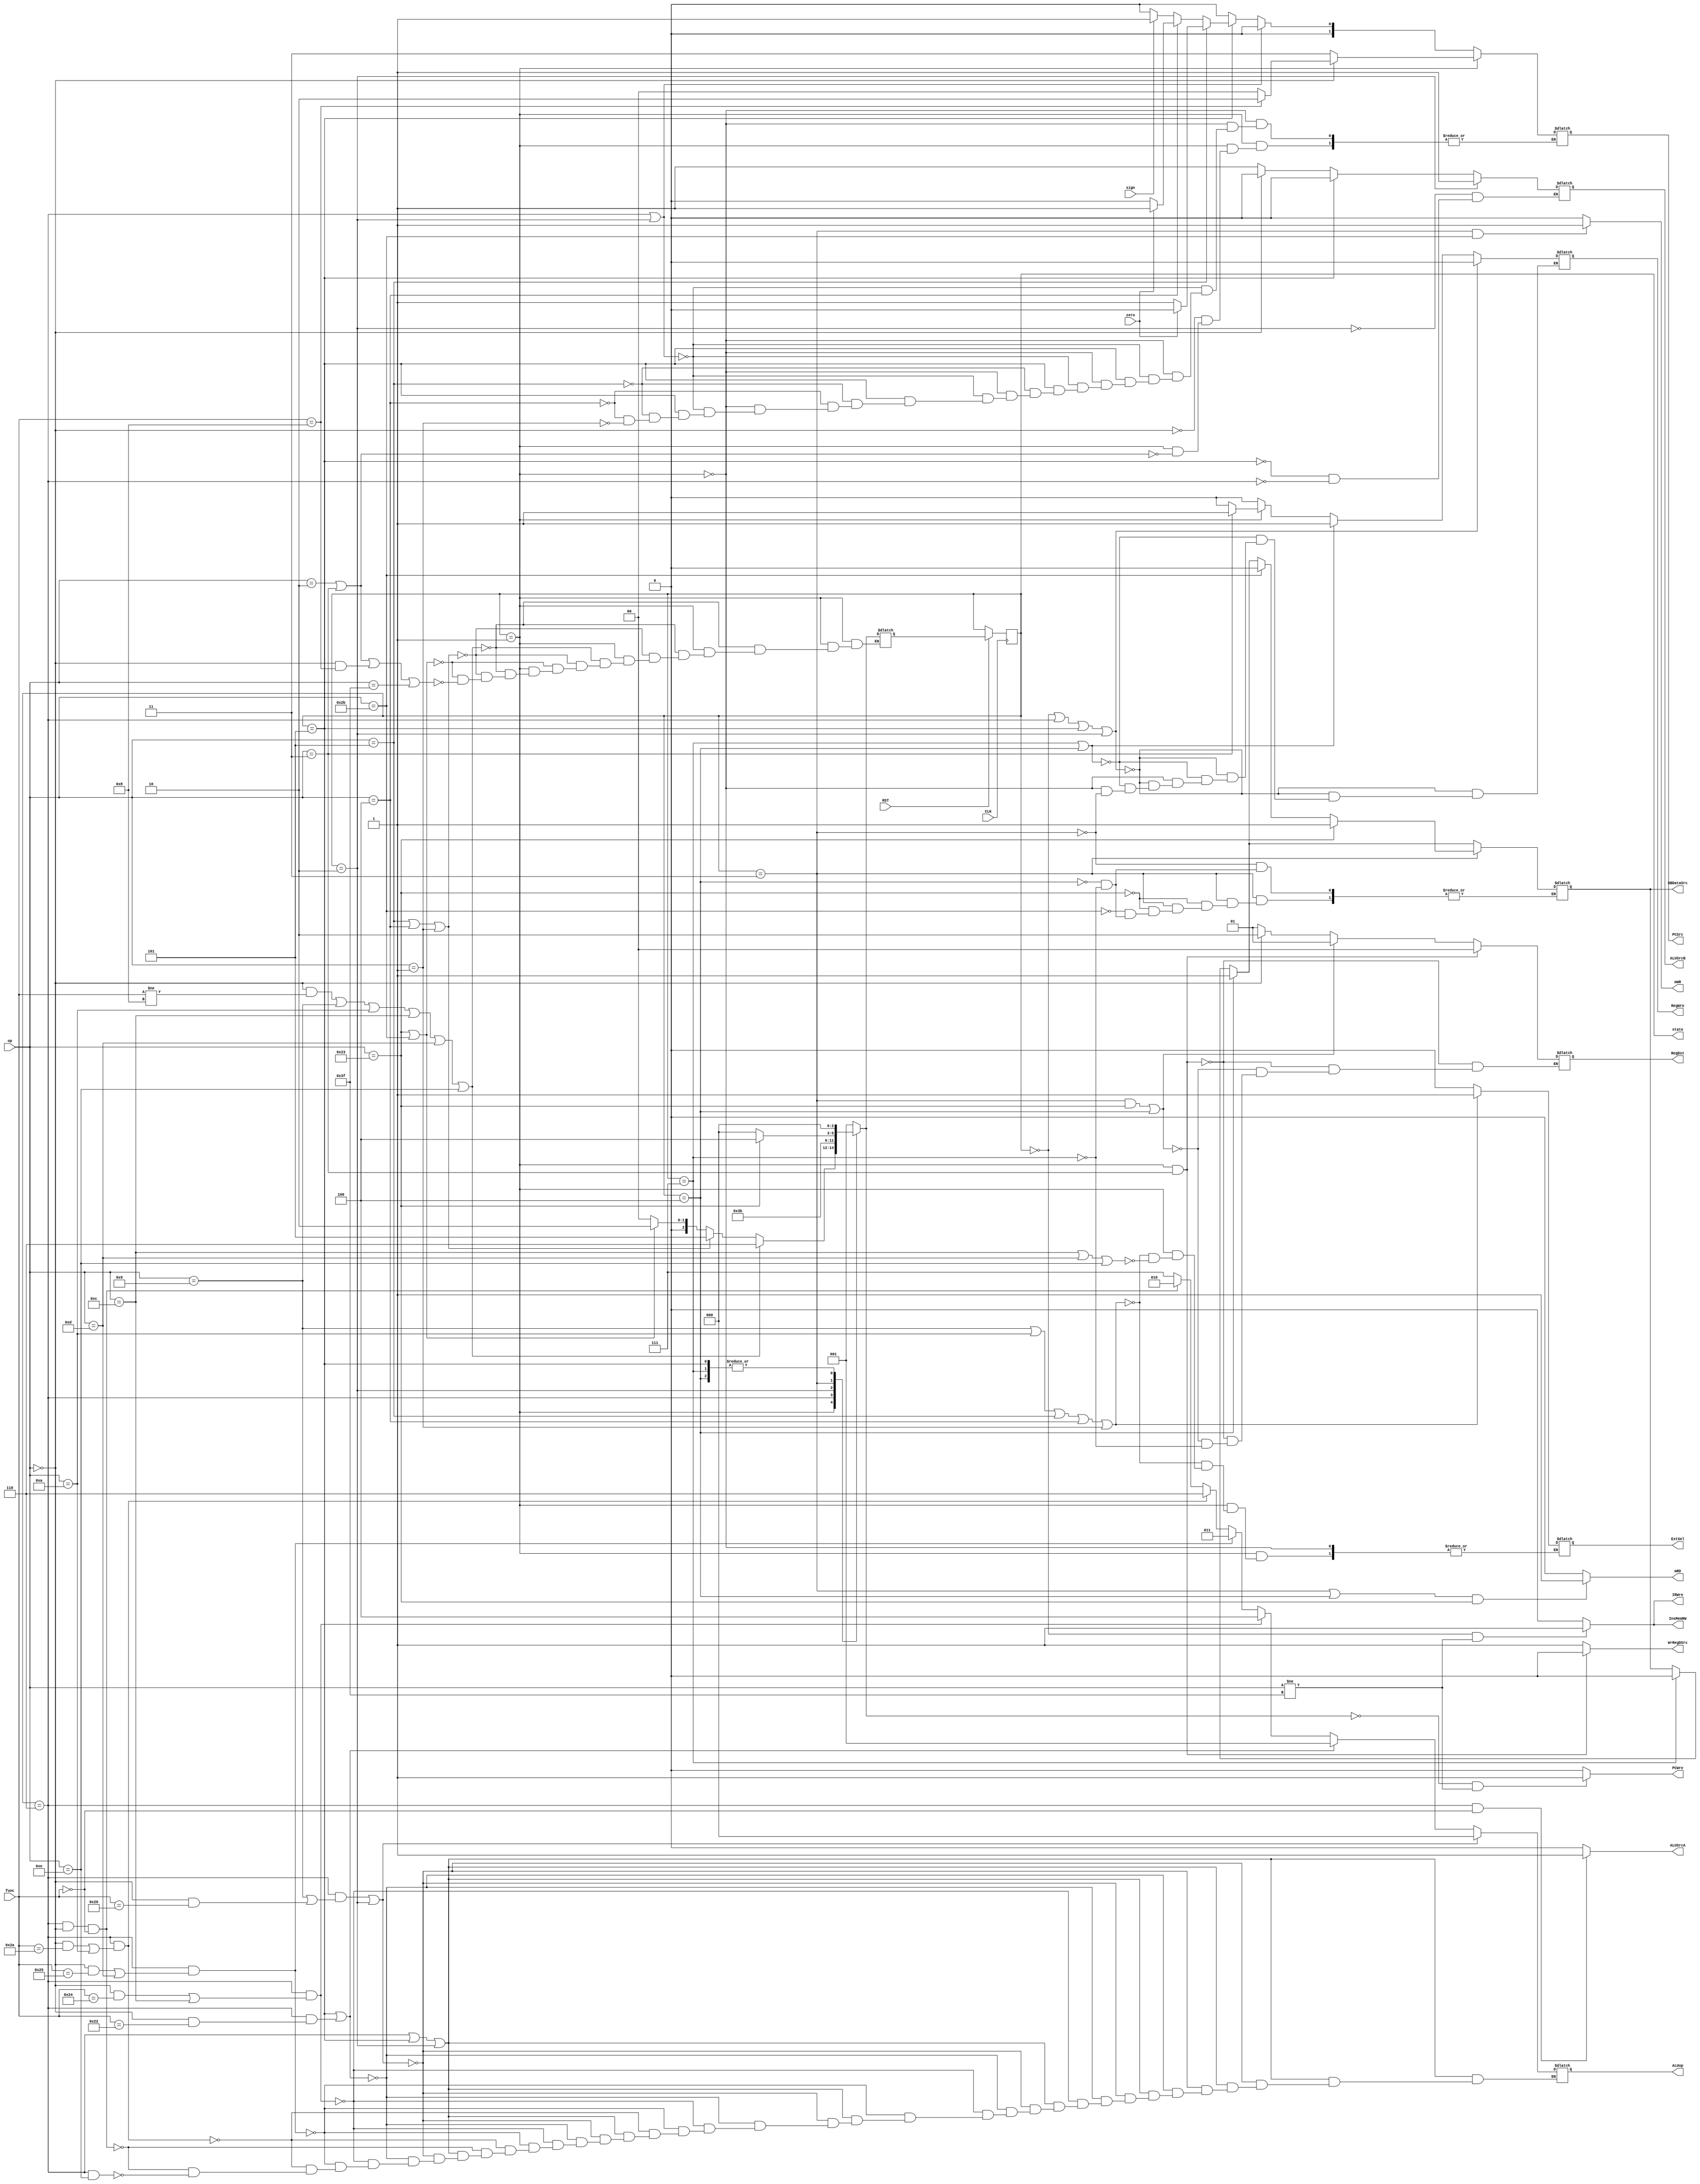
`timescale 1ns / 1ps
//////////////////////////////////////////////////////////////////////////////////
// Company: 
// Engineer: 
// 
// Design Name: 
// Module Name: ControlUnit
// Project Name: 
// Target Devices: 
// Tool Versions: 
// Description: 
// 
// Dependencies: 
// 
// Revision:
// Revision 0.01 - File Created
// Additional Comments:
// 
//////////////////////////////////////////////////////////////////////////////////


module ControlUnit(
       input CLK,
       input RST,
       input zero,
       input sign,
       input [5:0] op,
       input [5:0] func,
       output reg IRWre,  
       output reg PCWre,   
       output reg ExtSel, 
       output reg InsMemRW,    
       output reg WrRegDSrc,  
       output reg [1:0] RegDst,
       output reg RegWre,   
       output reg ALUSrcA,  
       output reg ALUSrcB,   
       output reg [1:0] PCSrc,  
       output reg [2:0] ALUop,  
       output reg mRD, 
       output reg mWR,  
       output reg DBDataSrc,
       output reg [2:0] state
    );
    
    reg [2:0] nextstate;
    initial begin
           PCWre = 0;  
           InsMemRW = 0;  
           IRWre = 0;  
           RegWre = 0;   
           ExtSel = 0;  
           PCSrc = 2'b00;  
           RegDst = 2'b11;
           ExtSel = 0;
           WrRegDSrc = 0;
           ALUSrcA = 0;
           ALUSrcB = 0;
           DBDataSrc = 0;
           mRD = 0;
           mWR = 0;
           ALUop = 3'bzzz;
       end
    initial begin
        state = 3'bzzz;
        nextstate = 3'b000;
    end
    
    always@(posedge CLK) begin
        if(RST) begin
            state <= nextstate;
        end
    end
    
    always@(state or op or zero or sign or func) begin
        case(state)
            3'b000:
                nextstate = 3'b001;
            3'b001:
                if((op == 6'b000000 && func != 6'b001000) || op == 6'b001001 || op == 6'b001010 || op == 6'b001100 || op == 6'b001101 || op == 6'b001110) begin
                    nextstate = 3'b110;
                end
                else if(op == 6'b000101 || op == 6'b000100 || op == 6'b000001) begin
                    nextstate = 3'b101;
                end
                else if(op == 6'b100011 || op == 6'b101011) begin
                    nextstate = 3'b010;
                end
                else if(op == 6'b000010 || op == 6'b000011 || (op == 6'b000000 && func == 6'b001000) || op == 6'b111111) begin
                    nextstate = 3'b000;
                end
            3'b110:
                nextstate = 3'b111;
            3'b101:
                nextstate = 3'b000;
            3'b010:
                nextstate = 3'b011;
            3'b011:
                if(op == 6'b100011) begin
                    nextstate = 3'b100;
                end
                else begin
                    nextstate = 3'b000;
                end
            3'b111:
                nextstate = 3'b000;
            3'b100:
                nextstate = 3'b000;
        endcase
        
        if(nextstate == 3'b000 && op != 6'b111111) begin            //PCWre
            PCWre = 1;
        end
        else begin
            PCWre = 0;
        end
        
        if(state == 3'b110 && func == 6'b000000) begin          //ALUSrcA
            ALUSrcA = 1;
        end
        else ALUSrcA = 0;
        
        if(state == 3'b110) begin                               //ALUSrcB
            if(op == 6'b000000) begin
                ALUSrcB = 0;
            end
            else begin
                ALUSrcB = 1;
            end
        end
        if(state == 3'b101) begin
            ALUSrcB = 0;
        end
        if(state == 3'b010) begin
            ALUSrcB = 1;
        end
        
        if(state == 3'b111) begin
            DBDataSrc = 0;
        end
        if(state == 3'b100) begin
            DBDataSrc = 1;
        end
        if(state == 3'b011) begin
            if(op == 6'b100011) begin
                DBDataSrc = 1;
            end
            else if(op == 6'b101011) begin
                DBDataSrc = 0;
            end
        end
        
        if(state == 3'b000 || state == 3'b110 || state == 3'b101 || state == 3'b010) begin      //RegWre
            RegWre = 0;
        end
        else if(state == 3'b111 || state == 3'b100) begin
            RegWre = 1;
        end
        else if(state == 3'b001) begin
            if(op == 6'b000011) begin
                RegWre = 1;
            end
            else begin
                RegWre = 0;
            end
        end
        else if(state == 3'b011) begin
                RegWre = 0;
        end
        
        if(state == 3'b001 && op == 6'b000011) begin                //WrRegDSrc
            WrRegDSrc = 0;
        end
        else begin
            WrRegDSrc = 1;
        end
        
        if(state == 3'b000 && op != 6'b111111) begin                //InsMemRW
            InsMemRW = 1;
        end
        else begin
            InsMemRW = 0;
        end
        
        if((state == 3'b011 || state == 3'b100) && op == 6'b100011) begin                //mRD
            mRD = 1;
        end
        else begin
            mRD = 0;
        end
        
        if(state == 3'b011 && op == 6'b101011) begin                //mWR
            mWR = 1;
        end
        else begin
            mWR = 0;
        end
        
        if(state == 3'b000 && op != 6'b111111) begin                //IRWre
            IRWre = 1;
        end
        else begin
            IRWre = 0;
        end
        
        if(state == 3'b001) begin                   //ExtSel
            if(op == 6'b001001 || op == 6'b001010 || op == 6'b000101 || op == 6'b000100 || op == 6'b000001) begin
                ExtSel = 1;
            end
            else if(op == 6'b001100 || op == 6'b001101 || op == 6'b001110) begin
                ExtSel = 0;
            end
        end
        
        
        
        if(state == 3'b001) begin                   //PCSrc
            if(op == 6'b000010 || op == 6'b000011) begin
                PCSrc = 2'b11;
            end
            if(op == 6'b000000) begin
                if(func == 6'b001000) begin
                    PCSrc = 2'b10;
                end
                else begin
                    PCSrc = 2'b00;
                end
            end
        end
        else if(state == 3'b110 || state == 3'b010) begin
            PCSrc = 2'b00;
        end
        else if(state == 3'b101) begin
            if(op == 6'b000101) begin
                if(zero == 0) begin
                    PCSrc = 2'b01;
                end
                else begin
                    PCSrc = 2'b00;
                end
            end
            else if(op == 6'b000100) begin
                if(zero == 1) begin
                    PCSrc = 2'b01;
                end
                else begin
                    PCSrc = 2'b00;
                end
            end
            else if(op == 6'b000001) begin
                if(sign == 1) begin
                    PCSrc = 2'b01;
                end
                else begin
                    PCSrc = 2'b00;
                end
            end
        end
        else begin
            PCSrc = 2'b00;
        end
        
        if(state == 3'b001 && op == 6'b000011) begin            //RegDst
            RegDst = 2'b00;
        end
        else if((state == 3'b011 && op == 6'b100011) || state == 3'b100) begin
            RegDst = 2'b01;
        end
        else if(state == 3'b111) begin
            if(op == 6'b000000) begin
                RegDst = 2'b10;
            end
            else begin
                RegDst = 2'b01;
            end
        end
        
        if(state == 3'b110 || state == 3'b101 || state == 3'b010) begin
            if((state == 3'b110 && (op == 6'b001001 || (op == 6'b000000 && func == 6'b100000))) || state == 3'b010) begin
                ALUop = 3'b000;
            end
            else if((state == 3'b101) || (state == 3'b110 && (op == 6'b000000 && func == 6'b100010))) begin
                ALUop = 3'b001;
            end
            else if(state == 3'b110 && ((op == 6'b000000 && func == 6'b100100) || op ==6'b001100)) begin
                ALUop = 3'b100;
            end
            else if(state == 3'b110 && ((op == 6'b000000 && func == 6'b100101) || op ==6'b001101)) begin
                ALUop = 3'b011;
            end
            else if(state == 3'b110 && ((op == 6'b000000 && func == 6'b101010) || op ==6'b001010)) begin
                ALUop = 3'b110;
            end
            else if(state == 3'b110 && op == 6'b000000 && func == 6'b000000) begin
                ALUop = 3'b010;
            end
            else if(state == 3'b110 && op == 6'b001110) begin
                ALUop = 3'b111;
            end
        end
        else begin
            ALUop = 3'bzzz;
        end
    end
    
endmodule